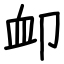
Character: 卹